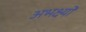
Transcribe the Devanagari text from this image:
अभक्ष्यों